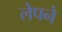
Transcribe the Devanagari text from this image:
लेपने